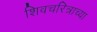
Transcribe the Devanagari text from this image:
शिवचरित्राच्या